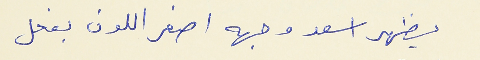
يظهر اسعد وجهه اصفر اللون بفعل